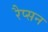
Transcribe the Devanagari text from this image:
रैप्सन